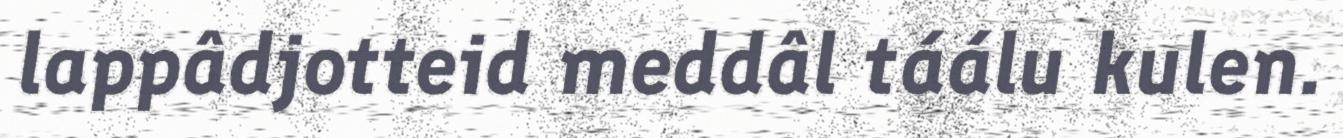
lappâdjotteid meddâl táálu kulen.